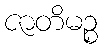
ဇာတိမဉ္စ